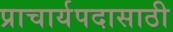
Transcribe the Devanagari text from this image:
प्राचार्यपदासाठी